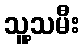
သူ့သမီး